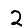
Digit: 2